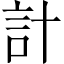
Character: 計